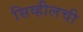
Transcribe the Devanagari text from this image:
सिव्हीलची